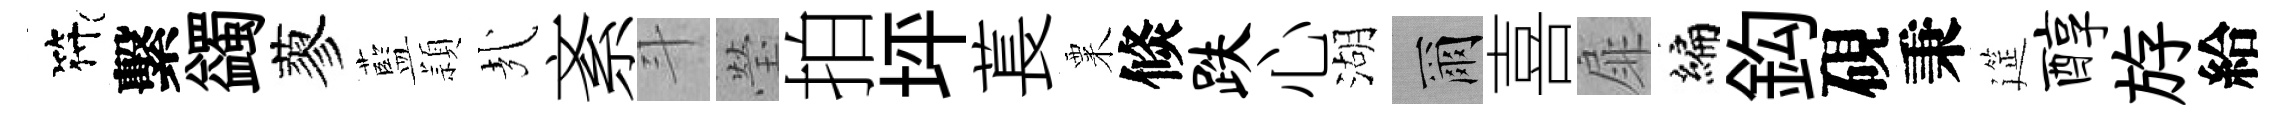
符繫蠲蓼藍頴㢤紊斗瑩拍坪萇粟倐跌心湖爾喜扉编鈎硯秉筵醇斿給